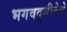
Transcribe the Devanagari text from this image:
भगवद्‌गीतेचे